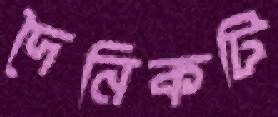
দৈনিকটি